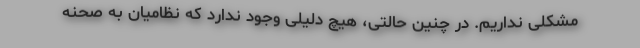
مشکلی نداریم. در چنین حالتی، هیچ دلیلی وجود ندارد که نظامیان به صحنه